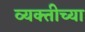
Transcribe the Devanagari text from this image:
व्‍यक्‍तीच्‍या